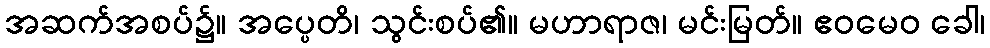
အဆက်အစပ်၌။ အပ္ပေတိ၊ သွင်းစပ်၏။ မဟာရာဇ၊ မင်းမြတ်။ ဧဝမေဝ ခေါ၊